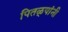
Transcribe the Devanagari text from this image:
पितळ्यांनी